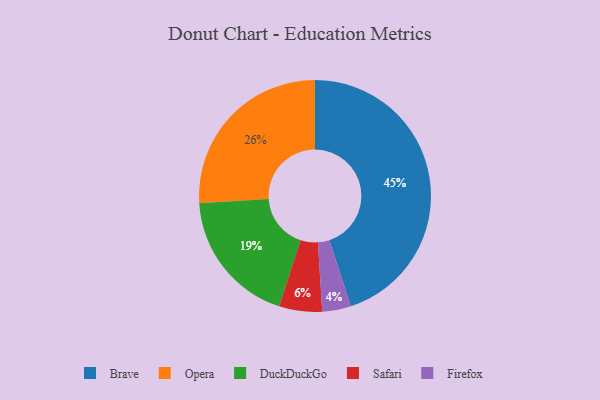
{"axis": {"x": "Category", "y": "Percentage"}, "legend": ["Brave", "DuckDuckGo", "Firefox", "Opera", "Safari"], "data": [{"x": "DuckDuckGo", "y": 19, "type": "DuckDuckGo"}, {"x": "Opera", "y": 26, "type": "Opera"}, {"x": "Firefox", "y": 4, "type": "Firefox"}, {"x": "Brave", "y": 45, "type": "Brave"}, {"x": "Safari", "y": 6, "type": "Safari"}]}